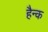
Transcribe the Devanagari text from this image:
हैन्क